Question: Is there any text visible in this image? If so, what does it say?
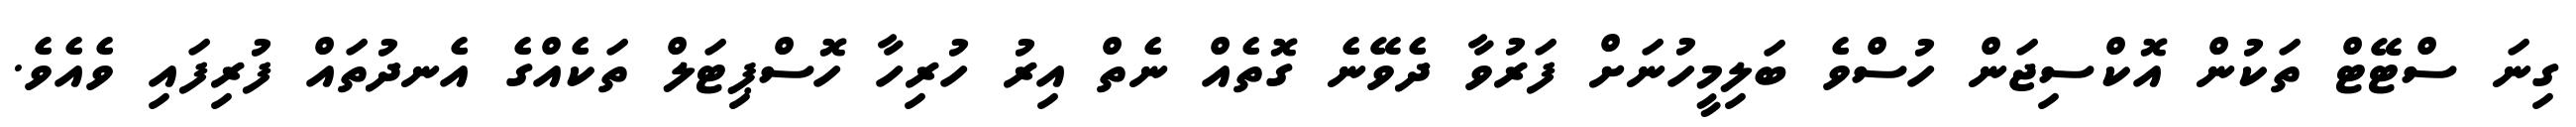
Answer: ގިނަ ސްޓޭޓް ތަކުން އޮކްސިޖަން ހުސްވެ ބަލިމީހުނަށް ފަރުވާ ދެވޭނެ ގޮތެއް ނެތް އިރު ހުރިހާ ހޮސްޕިޓަލް ތަކެއްގެ އެނދުތައް ފުރިފައި ވެއެވެ.